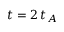
t = 2 \, t _ { A }